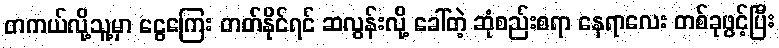
တကယ်လို့သူ့မှာ ငွေကြေး တတ်နိုင်ရင် ဆလွန်းလို့ ခေါ်တဲ့ ဆုံစည်းစရာ နေရာလေး တစ်ခုဖွင့်ပြီး